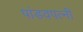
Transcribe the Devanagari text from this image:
पांडवपत्‍नी